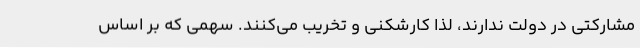
مشارکتی در دولت ندارند، لذا کارشکنی و تخریب می‌کنند. سهمی که بر اساس